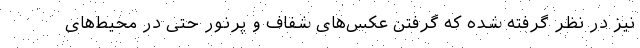
نیز در نظر گرفته شده که گرفتن عکس‌های شفاف و پرنور حتی در محیط‌های